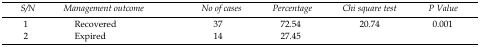
<table><thead><tr><td><b><i>S/N</i></b></td><td><b><i>Management outcome</i></b></td><td><b><i>No of cases</i></b></td><td><b><i>Percentage</i></b></td><td><b><i>Chi square test</i></b></td><td><b><i>P Value</i></b></td></tr></thead><tbody><tr><td>1</td><td>Recovered</td><td>37</td><td>72.54</td><td rowspan="2">20.74</td><td rowspan="2">0.001</td></tr><tr><td>2</td><td>Expired</td><td>14</td><td>27.45</td></tr></tbody></table>